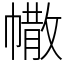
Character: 𢄻